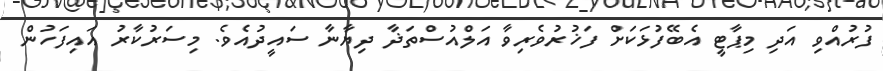
ފުރުއްވި އަދި މިޕާޓީ އެބޭފުޅަކަށް ފަޚުރުވެރިވާ އަލްއުސްތަޛާ ދިޔާނާ ސައީދުއެވެ. މިސަރުކާރު އައިފަހުން